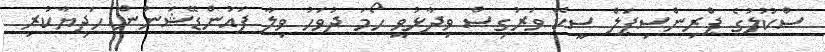
ސްކޫލުގެ ޕްރިންސިޕަލް ސީކޭ ވަރުގިސް ވިދާޅުވީ ހޯމަ ދުވަހު ވިލާ ފައުންޑޭޝަނުން ހަދިޔާކުރި